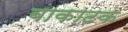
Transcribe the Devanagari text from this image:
बाकाटक